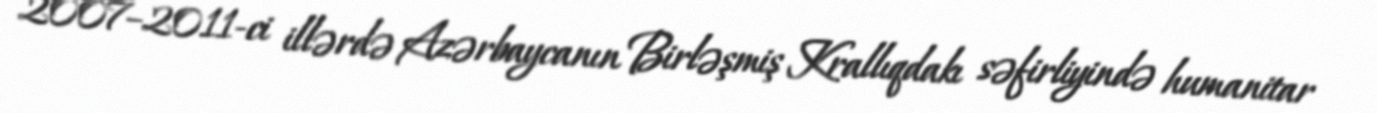
2007–2011-ci illərdə Azərbaycanın Birləşmiş Krallıqdakı səfirliyində humanitar